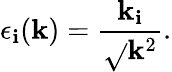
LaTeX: \epsilon_{\mathbf{i}}({\mathbf{k}})=\frac{{{\mathbf{k}}_{\mathbf{i}}}}{{\sqrt{}{{{\mathbf{k}}^{2}}}}}.